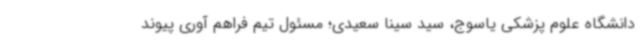
دانشگاه علوم پزشکی یاسوج، سید سینا سعیدی؛ مسئول تیم فراهم آوری پیوند